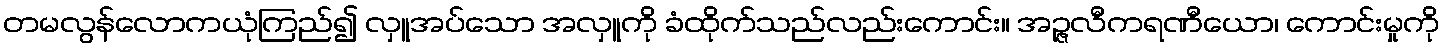
တမလွန်လောကယုံကြည်၍ လှူအပ်သော အလှူကို ခံထိုက်သည်လည်းကောင်း။ အဉ္ဇလီကရဏီယော၊ ကောင်းမှုကို